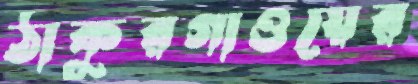
ঠাকুরগাওয়ের